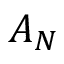
A _ { N }